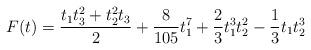
LaTeX: \begin{align*} F(t)=\frac{t_1 t_3^2 + t_2^2 t_3}{2}+{8\over 105} t_1^7 + {2\over 3} t_1^3 t_2^2 -{1\over 3} t_1 t_2^3\end{align*}